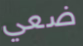
ضعي